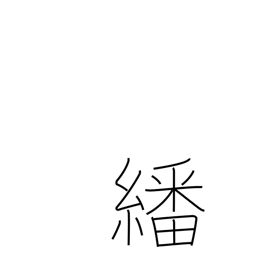
Meaning: peruse